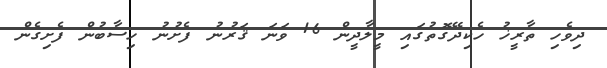
ދިވެހި ތާރީޚު ހެކިދޭގޮތުގައި މީލާދީން 16 ވަނަ ޤަރުނު ފެށުނު ހިސާބުން ފެށިގެން